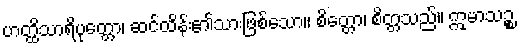
ဟတ္ထိသာရိပုတ္တော၊ ဆင်ထိန်း၏သားဖြစ်သော။ စိတ္တော၊ စိတ္တသည်။ ဣမာသဉ္စ